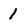
Character: 1